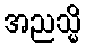
အညသ္မိ